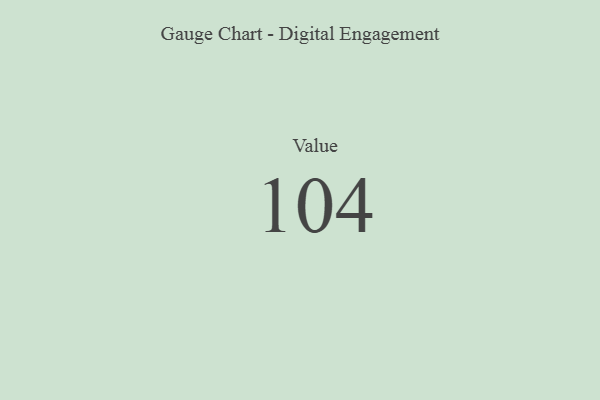
{"axis": {"x": "Metric", "y": "Value"}, "legend": [""], "data": [{"x": "Value", "y": 104, "type": ""}]}